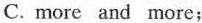
C. more and more;